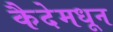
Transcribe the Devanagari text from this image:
कैदेमधून